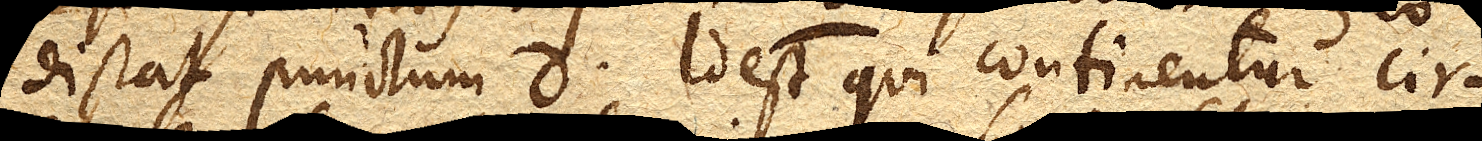
distat punctum d. Id est qui continentur cir–